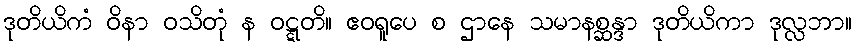
ဒုတိယိကံ ဝိနာ ဝသိတုံ န ဝဋ္ဋတိ။ ဧဝရူပေ စ ဌာနေ သမာနစ္ဆန္ဒာ ဒုတိယိကာ ဒုလ္လဘာ။